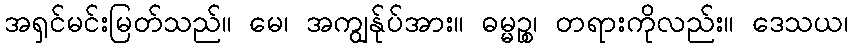
အရှင်မင်းမြတ်သည်။ မေ၊ အကျွန်ုပ်အား။ ဓမ္မဉ္စ၊ တရားကိုလည်း။ ဒေသယ၊